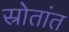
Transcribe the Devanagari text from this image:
स्रोतांत